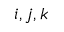
i , j , k